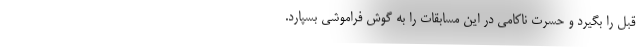
قبل را بگیرد و حسرت ناکامی در این مسابقات را به گوش فراموشی بسپارد.